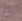
رآك